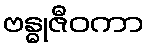
ဗန္ဓုဇီဝကာ